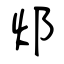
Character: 邩